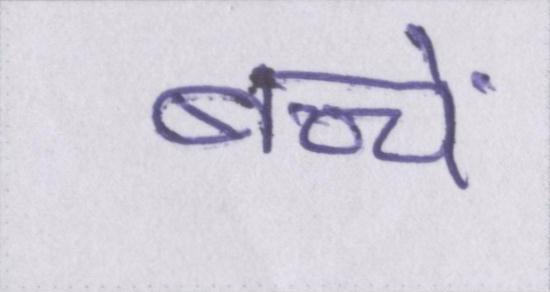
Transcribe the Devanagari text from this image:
बच्चें